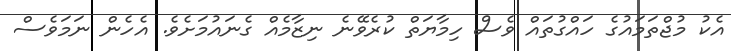
އެކު މުޖްތަމައުގެ ހައްގުތައް ވެސް ހިމާޔަތް ކުރެވޭނެ ނިޒާމެއް ގެނައުމަށެވެ. އެހެން ނަމަވެސް